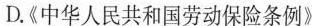
D.《中华人民共和国劳动保险条例》